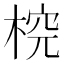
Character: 𣔛